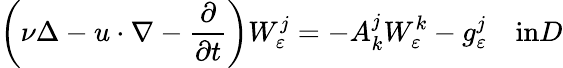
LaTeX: \left(\nu\Delta-u\cdot\nabla-\frac{\partial}{\partial t}\right)W_{\varepsilon}^{j}=-A_{k}^{j}W_{\varepsilon}^{k}-g_{\varepsilon}^{j}\quad\textrm{in}D